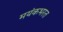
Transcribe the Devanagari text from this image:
मयंकभरत